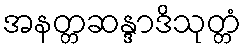
အနတ္တဆန္ဒာဒိသုတ္တံ